Rangoon Lunatic Asylum 1893-1897 - 1893-1897
Year: 1893
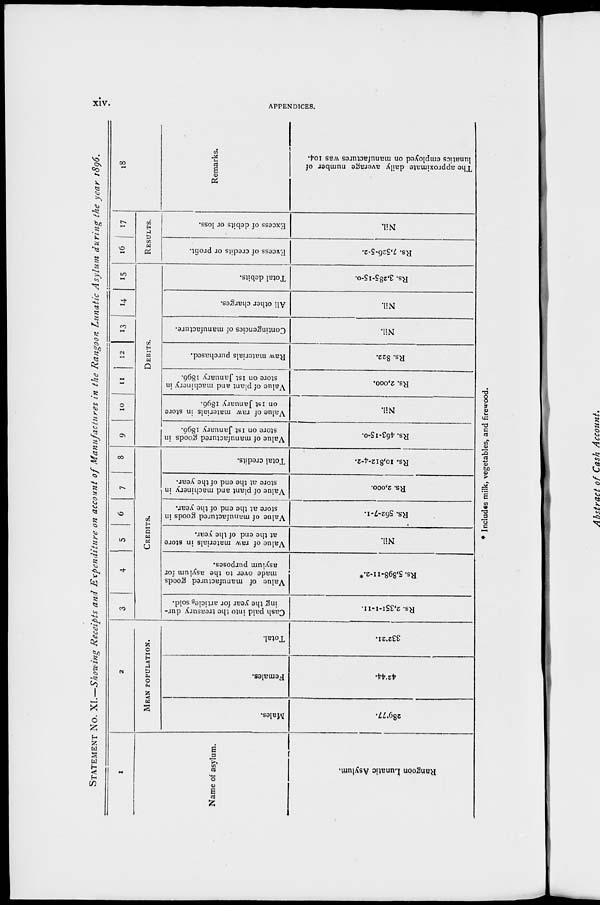
xiv.
APPENDICES.
STATEMENT No. XI.—Showing Receipts and Expenditure
on account of Manufactures
in the Rangoon Lunatic Asylum during the year 1896.
1
Name of asylum.
Rangoon Lunatic Asylum.
2
MEAN POPULATION.
Males.
289.77.
Females.
42.44.
Total.
332.21.
3
4
5
6
7
8
CREDITS.
Cash paid into the treasury dur-
ing the year for articles sold.
Rs. 2,351-1-11.
Value of manufactured goods
made over to the asylum for
asylum purposes.
Rs. 5,898-11-2.*
Value of raw materials in store
at the end of the year.
Nil.
Value of manufactured goods in
store at the end of the year.
Rs. 562-7-1.
Value of plant and machinery in
store at the end of the year.
Rs. 2,000.
Total credits.
Rs. 10,812-4-2.
9
10
11
12
13
14
15
DEBITS.
Value of manufactured goods in
store on 1st January 1896.
Rs. 463-15-0.
Value of raw materials in store
on 1st January 1896.
Nil.
Value of plant and machinery in
store on 1st January 1896.
Rs. 2,000.
Raw materials purchased.
Rs. 822.
Contingencies of manufacture.
Nil.
All other charges.
Nil.
Total debits.
Rs. 3,285-15-0.
16
17
RESULTS.
Excess of credits or profit.
Rs. 7,526-5-2.
Excess of debits or loss.
Nil.
18
Remarks.
The approximate daily average number of
lunatics employed on manufactures was 104.
* Includes milk, vegetables, and firewood.